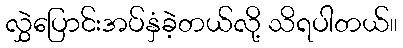
လွှဲပြောင်းအပ်နှံခဲ့တယ်လို့ သိရပါတယ်။